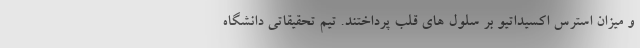
و میزان استرس اکسیداتیو بر سلول های قلب پرداختند. تیم تحقیقاتی دانشگاه